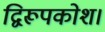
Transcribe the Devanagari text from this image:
द्विरूपकोश।